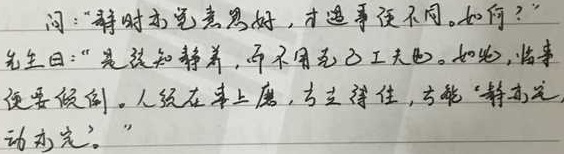
问：“静时亦觉意思好，才遇事便不同。如何？”先生曰：“是徒知静养，而不用克己工夫也。如此，临事便要倾倒。人须在事上磨，方立得住，方能‘静亦定，动亦定’。”